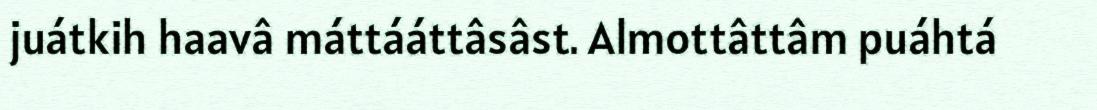
juátkih haavâ máttááttâsâst. Almottâttâm puáhtá